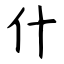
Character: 什